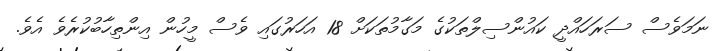
ނަމަވެސް ސަރަހައްދީ ކައުންސިލްތަކުގެ މަގާމުތަކަށް 18 އަހަރުގައި ވެސް މީހުން އިންތިހާބުކުރެވެ އެވެ.